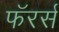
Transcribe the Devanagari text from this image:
फॅरर्स